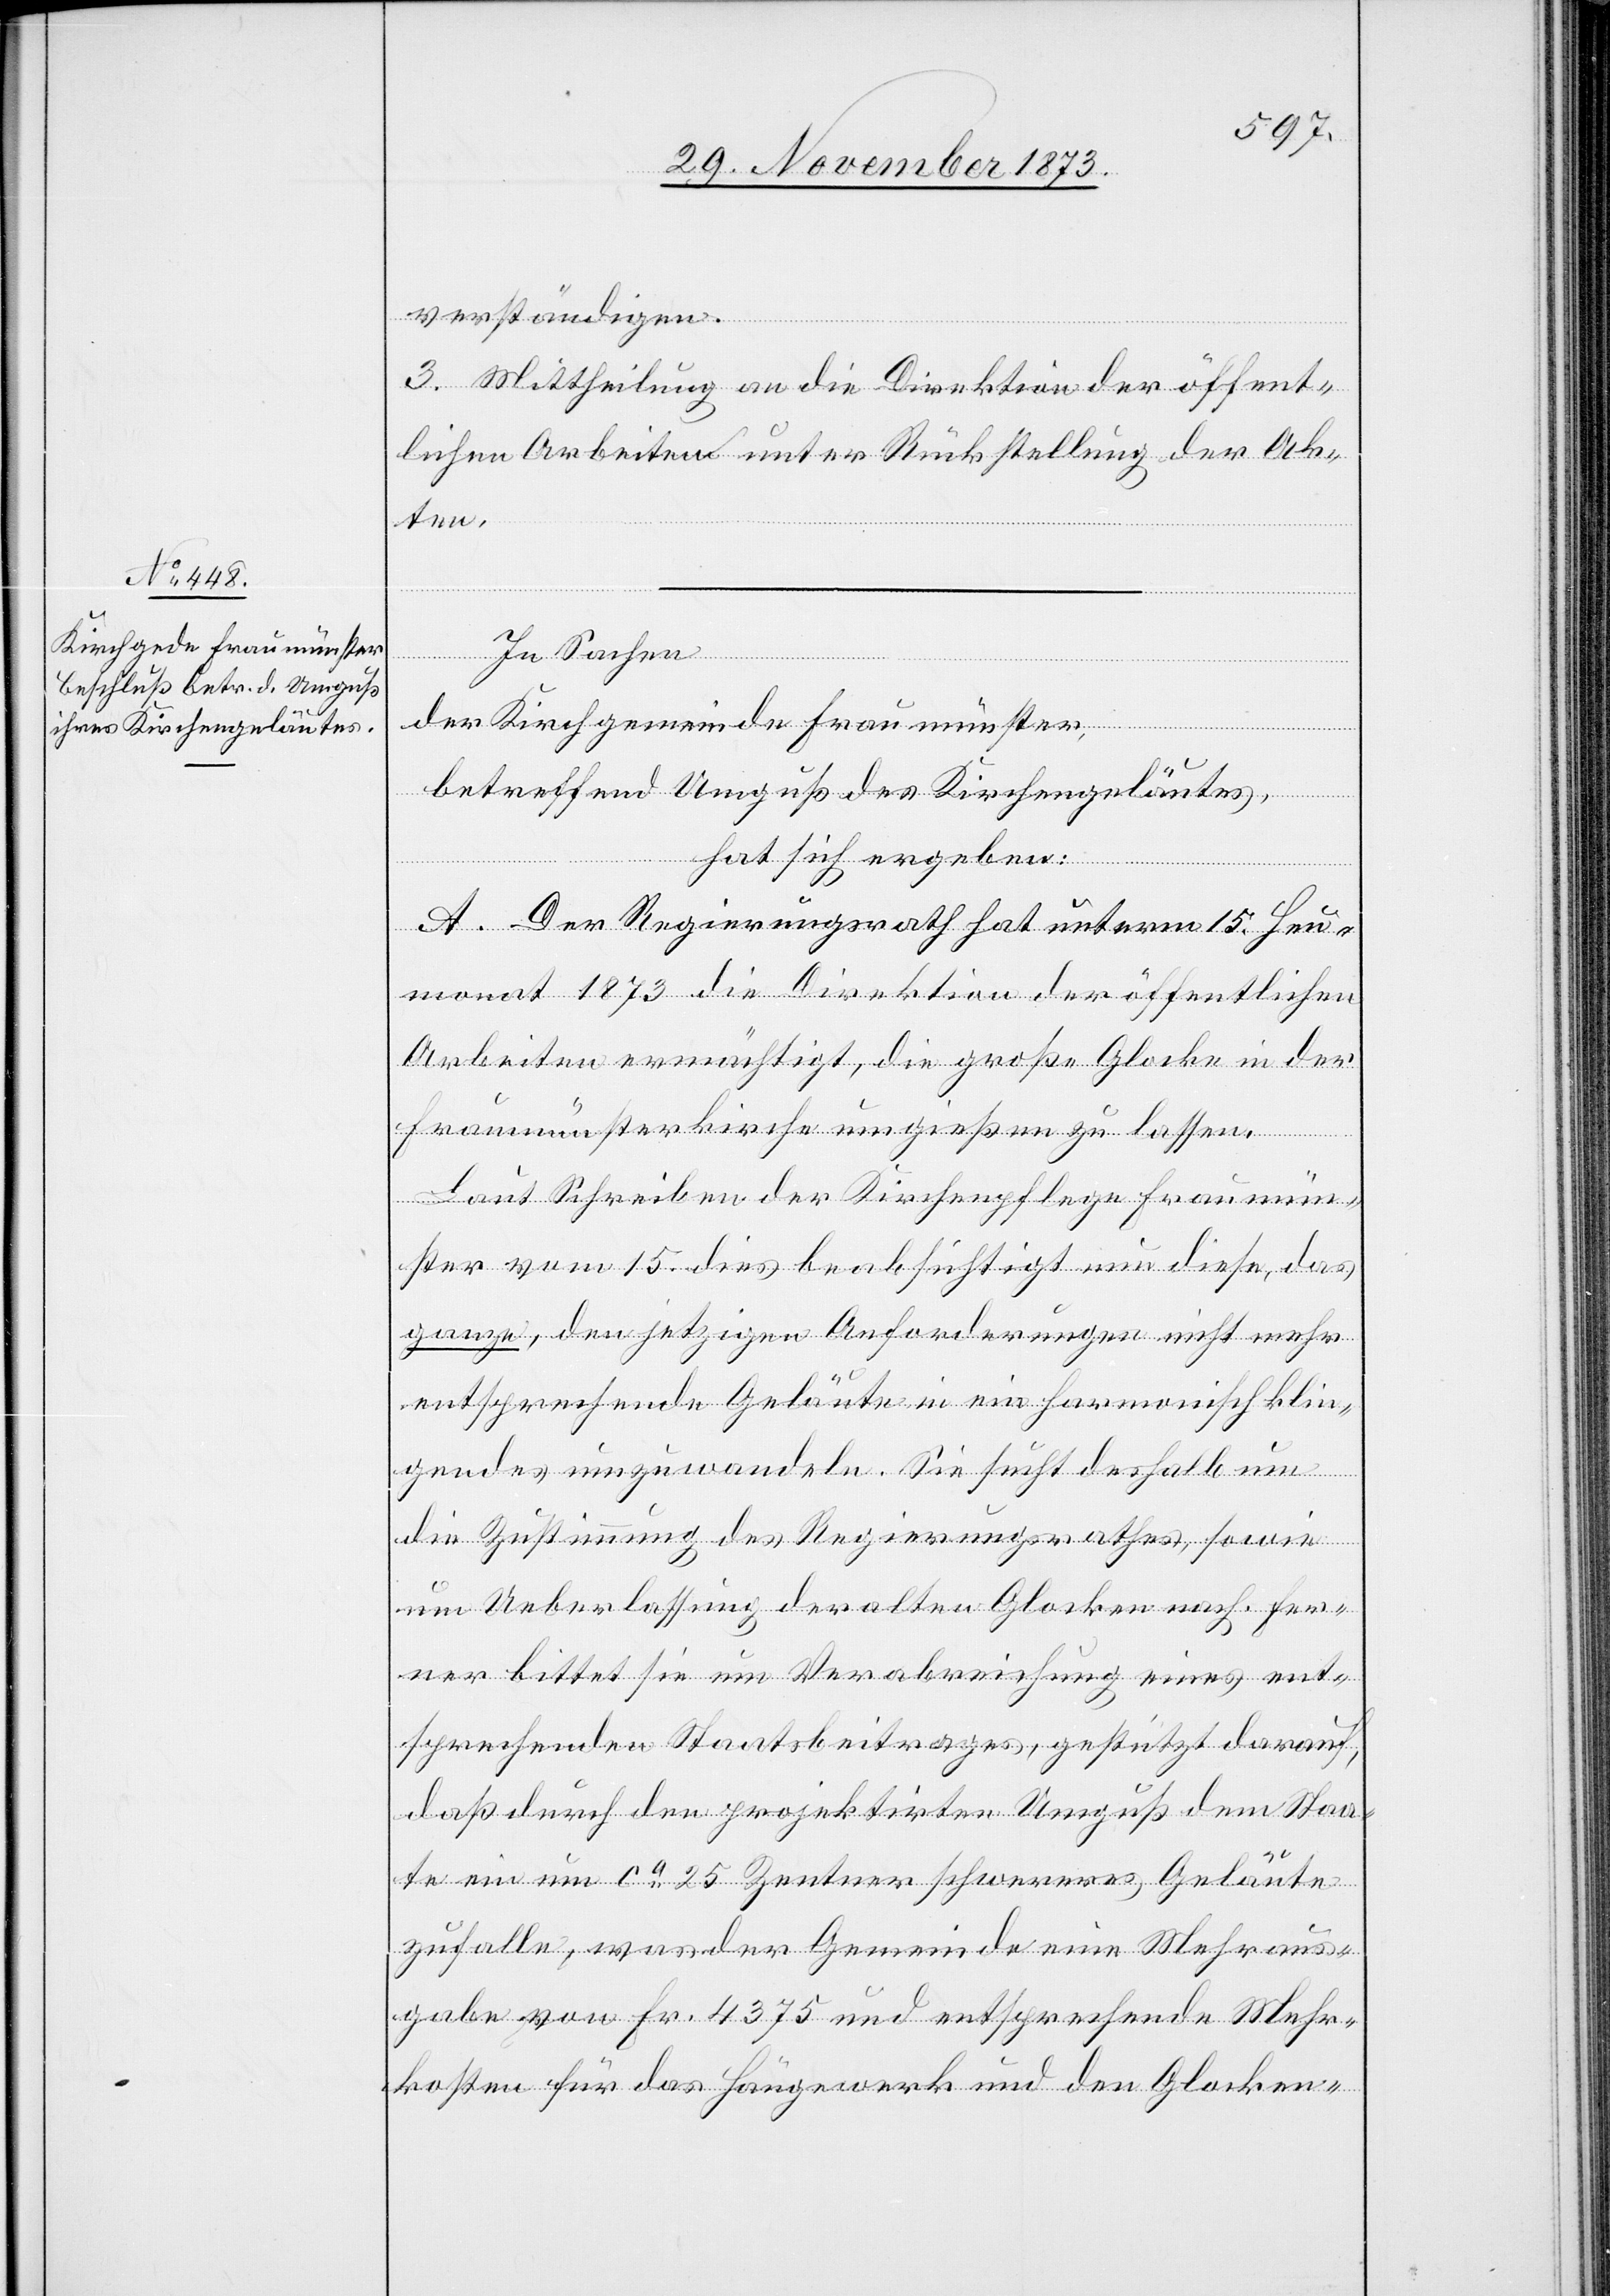
In Sachen
der Kirchgemeinde Fraumünster,
betreffend Umguß des Kirchengeläutes,
hat sich ergeben:
A. Der Regierungsrath hat unterm 15. Heu¬
monat 1873 die Direktion der öffentlichen
Arbeiten ermächtigt, die große Glocke in der
Fraumünsterkirche umgießen zu lassen.
Laut Schreiben der Kirchenpflege Fraumün¬
ster vom 15. dies beabsichtigt nun diese, das
ganze, den jetzigen Anforderungen nicht mehr
entsprechende Geläute in ein harmonisch klin¬
gendes umzuwandeln. Sie sucht deshalb um
die Zustimmung des Regierungsrathes, sowie
um Ueberlassung der alten Glocken nach. Fer¬
ner bittet sie um Verabreichung eines ent¬
sprechenden Staatsbeitrages, gestützt darauf,
daß durch den projektirten Umguß dem Staa¬
te ein um ca 25 Zentner schwereres Geläute
zufalle, was der Gemeinde eine Mehraus¬
gabe von Fr. 4 375 und entsprechende Mehr¬
kosten für das Hängewerk und den Glocken-